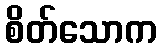
စိတ်သောက